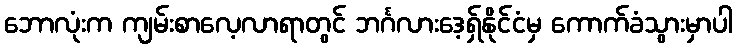
ဘောလုံးက ကျမ်းစာလေ့လာရာတွင် ဘင်္ဂလားဒေ့ရှ်နိုင်ငံမှ ကောက်ခံသွားမှာပါ